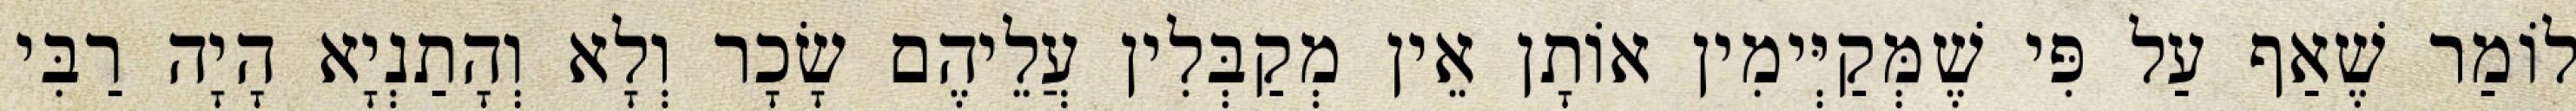
לוֹמַר שֶׁאַף עַל פִּי שֶׁמְּקַיְּימִין אוֹתָן אֵין מְקַבְּלִין עֲלֵיהֶם שָׂכָר וְלָא וְהָתַנְיָא הָיָה רַבִּי